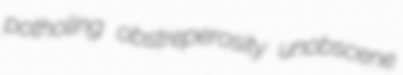
potholing obstreperosity unobscene